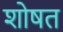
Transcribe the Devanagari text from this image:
शोषत